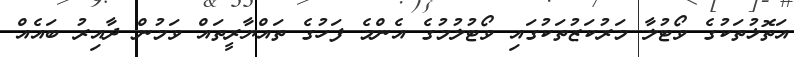
އަތޮޅުތަކުގެ ވޯޓުލާ މަރުކަޒުތަކުގައި ވޯޓުލުމުގެ އެންމެ ފަހުގެ ތައްޔާރީތައް ވަމުން ދާއިރު ބައެއް